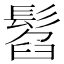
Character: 𩭥